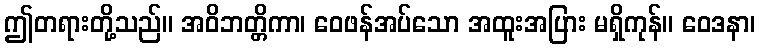
ဤတရားတို့သည်။ အဝိဘတ္တိကာ၊ ဝေဖန်အပ်သော အထူးအပြား မရှိကုန်။ ဝေဒနာ၊